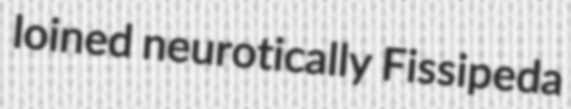
loined neurotically Fissipeda